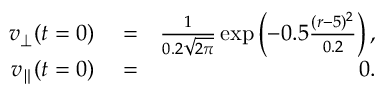
\begin{array} { r l r } { v _ { \perp } ( t = 0 ) } & { { } = } & { \frac { 1 } { 0 . 2 \sqrt { 2 \pi } } \exp \left( - 0 . 5 \frac { ( r - 5 ) ^ { 2 } } { 0 . 2 } \right) , } \\ { v _ { \parallel } ( t = 0 ) } & { { } = } & { 0 . } \end{array}